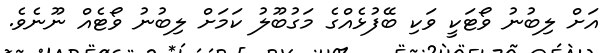
އަށް ލިބުނު ވޯޓަކީ ވަކި ބޭފުޅެއްގެ މަގުބޫލު ކަމަށް ލިބުނު ވޯޓެއް ނޫނެވެ.